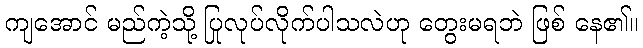
ကျအောင် မည်ကဲ့သို့ ပြုလုပ်လိုက်ပါသလဲဟု တွေးမရဘဲ ဖြစ် နေ၏။